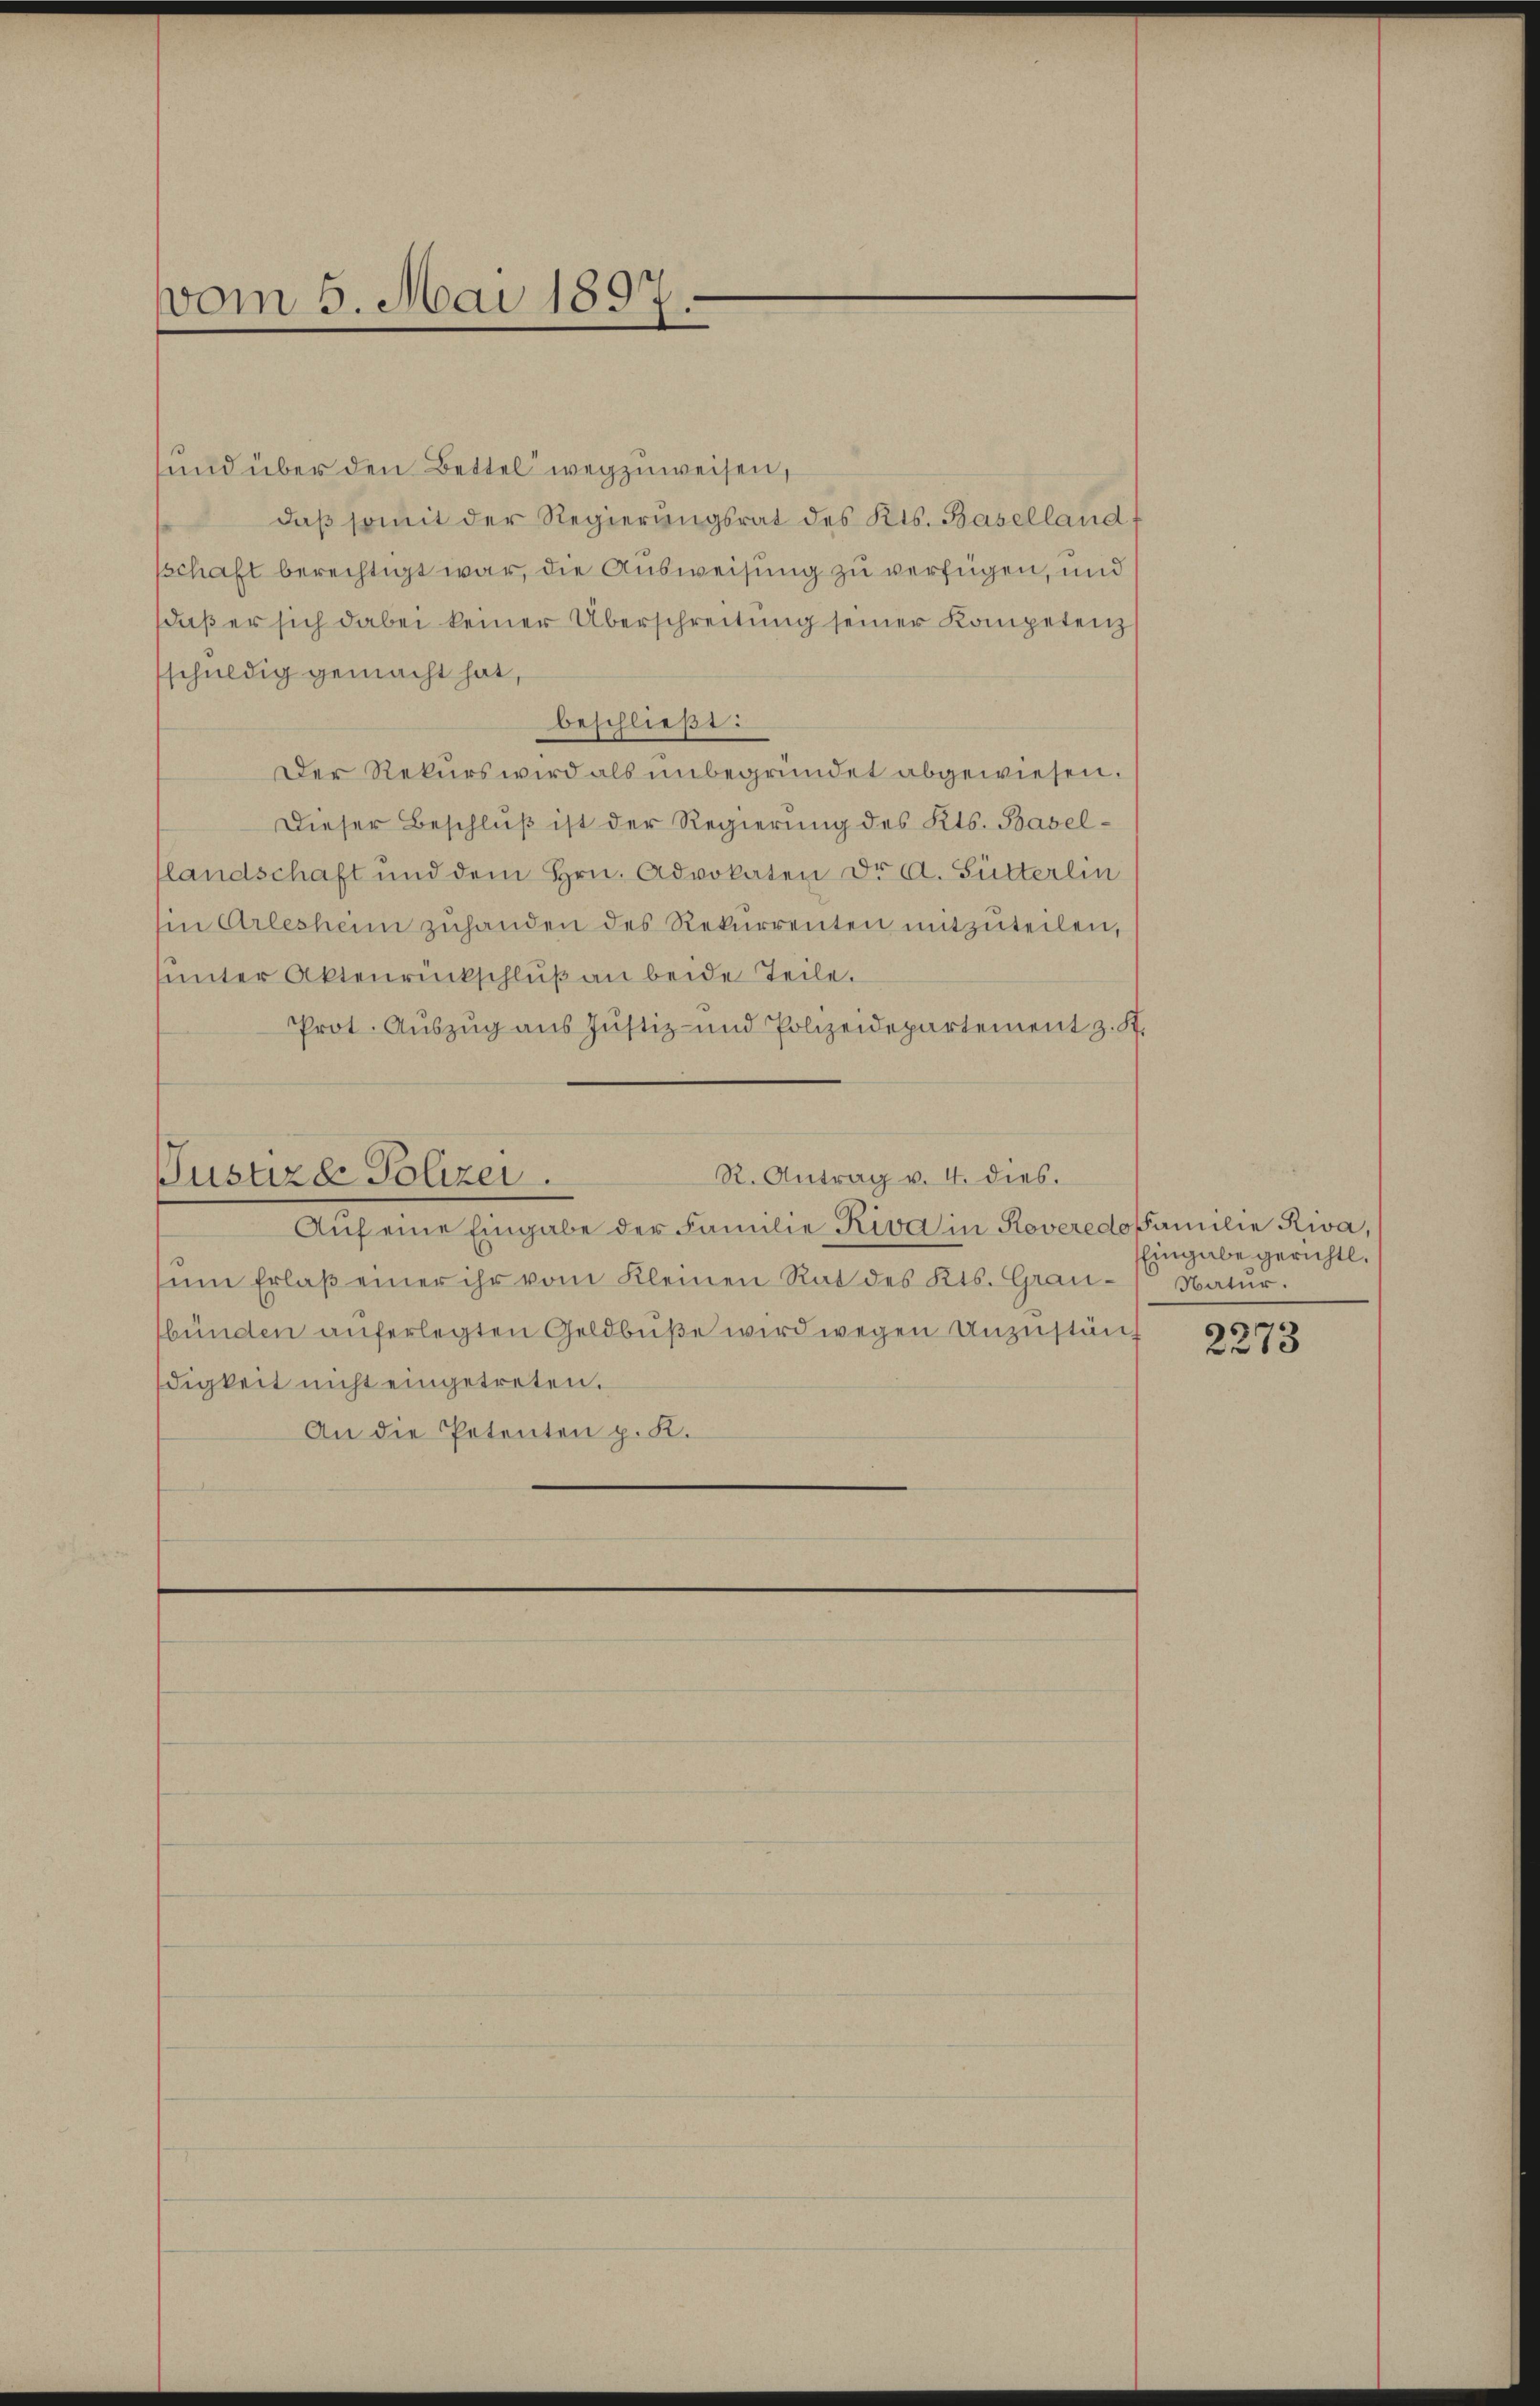
vom 5. Mai 1897.

und über den Bettel wegzuweisen,
daβ somit der Regierungsrat des Kts. Baselland f
sschaft berechtigt war, die Ausweisung zu verfügen, und
daß er sich dabei keiner Überschreitung seiner Kompetenz
schuldig gemacht hat,
beschließt:
Der Rekurs wird als unbegründet abgewiesen.
Dieser Beschluß ist der Regierung des Kts. Basel-
landschaft und dem Hrn. Advokaten Dr A. Gütterlin
sin Arlesheim zuhanden des Rekurrenten mitzuteilen,
sunter Aktenrückschluß an beide Teile.
Prot. Auszug aus Justiz- und Polizeidepartement z. St.
R. Antrag v. 4. dies.
Justiz & Polizei.
Aŭf eine Eingabe der Familie Riva in Roveredofamilie Rwa,
ŭm Erlaβ einer ihr vom Kleinen Rat des Kts. Grau- Natŭr.
bünden auferlegten Geldbuße wird wegen Unzustän
digkeit nicht eingetreten.
An die Petenten p. K.

Eingabe gerichtl.

2273